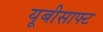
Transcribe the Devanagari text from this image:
यूबीसाफ्ट